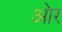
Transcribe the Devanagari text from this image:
आ॓र